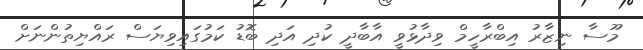
މޫސާ ނިޒާރު އިބްރާހީމް ވިދާޅުވީ އާބާދީ ކުދި އަދި ބޮޑު ކަމުގައިވިޔަސް ރައްޔިތުންނަށް